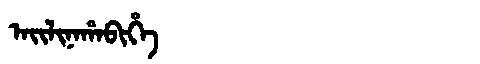
Manchu: ᠠᡳᠯᡳᠨᠠᡥᠠᠪᡳᡥᡝ
Romanization: AILINAHABIHE